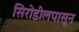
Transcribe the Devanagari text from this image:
सिरोडीलपासून